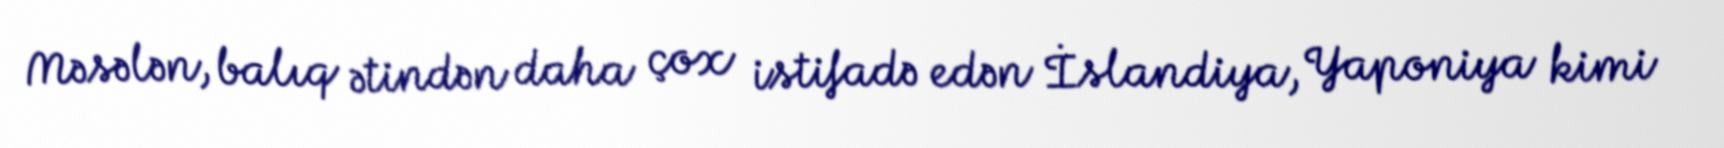
Məsələn, balıq ətindən daha çox istifadə edən İslandiya, Yaponiya kimi